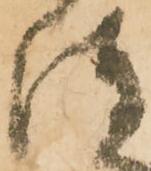
陣